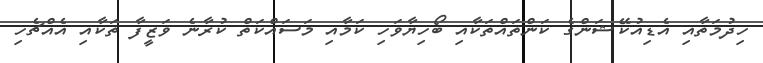
ހިދުމަތާއި އެޑިއުކޭޝަންގެ ކަންތައްތަކާއި ބޯހިޔާވަހި ކަމާއި މަސައްކަތް ކުރާނެ ވަޒީފާ ތަކާއި އެއްޗެހި